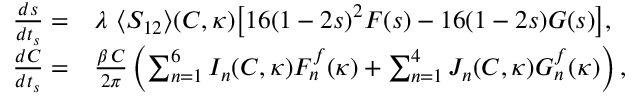
\begin{array} { r l } { \frac { d s } { d t _ { s } } = } & { \lambda \, \, \langle S _ { 1 2 } \rangle ( C , \kappa ) \big [ 1 6 ( 1 - 2 s ) ^ { 2 } F ( s ) - 1 6 ( 1 - 2 s ) G ( s ) \big ] , \, } \\ { \frac { d C } { d t _ { s } } = } & { \frac { \beta \, C } { 2 \pi } \left( \sum _ { n = 1 } ^ { 6 } I _ { n } ( C , \kappa ) F _ { n } ^ { f } ( \kappa ) + \sum _ { n = 1 } ^ { 4 } J _ { n } ( C , \kappa ) G _ { n } ^ { f } ( \kappa ) \right) , } \end{array}